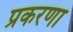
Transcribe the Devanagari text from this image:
प्रकरणा